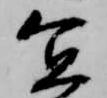
宜